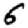
Digit: 6